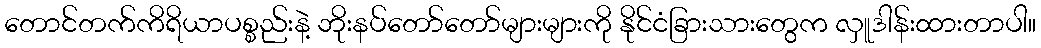
တောင်တက်ကိရိယာပစ္စည်းနဲ့ ဘိုးနပ်တော်တော်များများကို နိုင်ငံခြားသားတွေက လှူဒါန်းထားတာပါ။